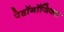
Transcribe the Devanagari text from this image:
पेडॉगॉजिक्स